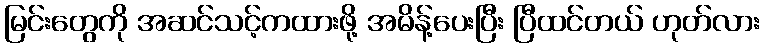
မြင်းတွေကို အဆင်သင့်ကထားဖို့ အမိန့်ပေးပြီး ပြီထင်တယ် ဟုတ်လား